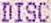
DISC